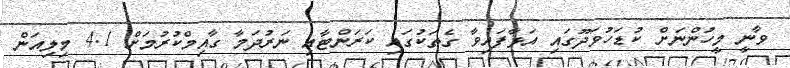
ވާނީ މީހުންނަށް ކުޑަހުވަދޫގައި އަޅާފައިވާ ގެތަކުގައި ކަރަންޓާއި ނަރުދަމާ ގާއިމްކުރުމަށް 4.1 މިލިއަން